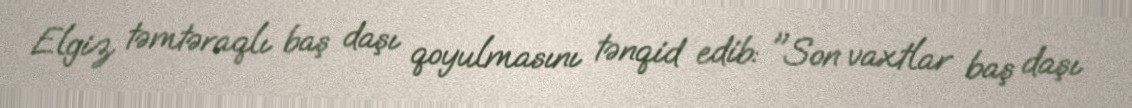
Elgiz təmtəraqlı baş daşı qoyulmasını tənqid edib: "Son vaxtlar baş daşı